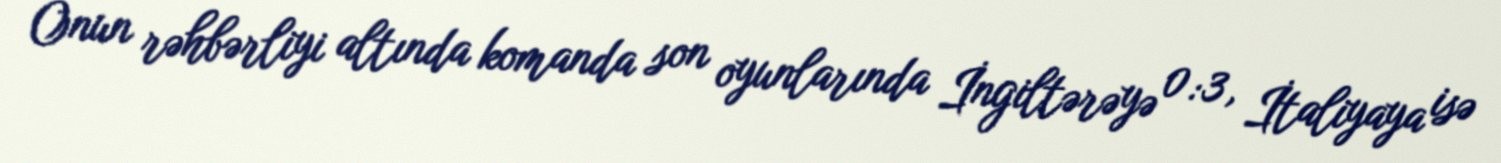
Onun rəhbərliyi altında komanda son oyunlarında İngiltərəyə 0:3, İtaliyaya isə